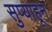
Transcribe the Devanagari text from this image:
सुप्याहून